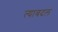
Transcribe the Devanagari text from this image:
त्याबदल